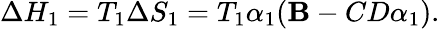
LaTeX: \Delta{H_{1}}=T_{1}\Delta{S_{1}}=T_{1}\alpha_{1}(\mathbf{B}-CD\alpha_{1}).